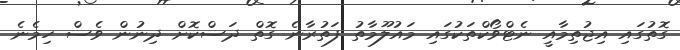
ގޮތުގައި އިޖުތިމާއީ ނެޓްވޯކްތަކުގައި މައުލޫމާތު ފަތުރާނެ ގޮތް ދަސްކޮށް ދިނުން ވެސް ހިމެނެ